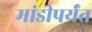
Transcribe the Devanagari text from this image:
मांडीपर्यंत